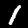
Label: 1